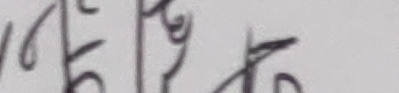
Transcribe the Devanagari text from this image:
केही दिन